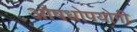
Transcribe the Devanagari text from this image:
औषधोपयोगी